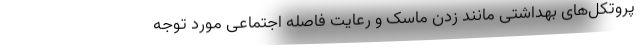
پروتکل‌های بهداشتی مانند زدن ماسک و رعایت فاصله اجتماعی مورد توجه